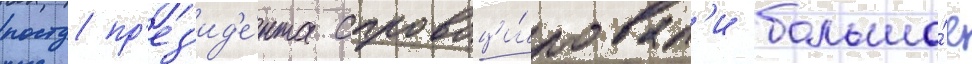
посту пр'ез'ид'е́нта спровоци́ровал'и большо́е